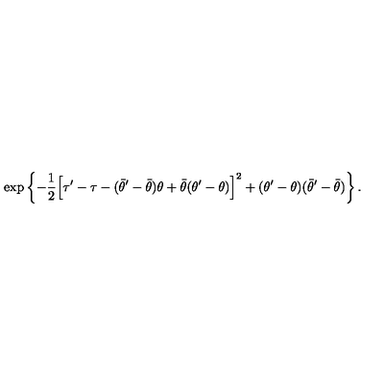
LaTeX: \exp \left\{ - \frac { 1 } { 2 } \Bigl [ \tau ^ { \prime } - \tau - ( \bar { \theta } ^ { \prime } - \bar { \theta } ) \theta + \bar { \theta } ( \theta ^ { \prime } - \theta ) \Bigr ] ^ { 2 } + ( \theta ^ { \prime } - \theta ) ( \bar { \theta } ^ { \prime } - \bar { \theta } ) \right\} .